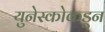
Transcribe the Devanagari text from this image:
युनेस्कोकडून